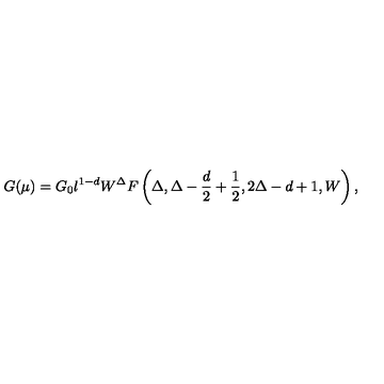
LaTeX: G ( \mu ) = G _ { 0 } l ^ { 1 - d } W ^ { \Delta } F \left( \Delta , \Delta - \frac { d } { 2 } + \frac { 1 } { 2 } , 2 \Delta - d + 1 , W \right) ,